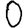
Digit: 0